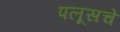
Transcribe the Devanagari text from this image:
पलूसचे